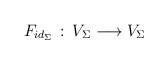
\begin{align*}F_{id_\Sigma}\, :\, V_{\Sigma}\longrightarrow V_{\Sigma}\end{align*}